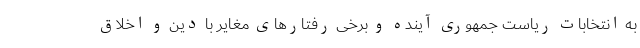
به انتخابات ریاست جمهوری آینده و برخی رفتار‌های مغایر با دین و اخلاق